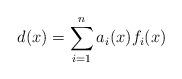
LaTeX: \begin{align*}d(x)=\sum_{i=1}^na_i(x)f_i(x)\end{align*}